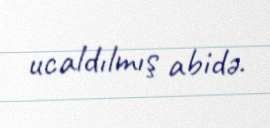
ucaldılmış abidə.